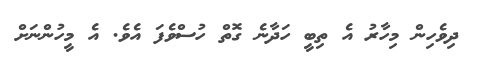
ދިވެހިން މިހާރު އެ ތިބީ ހަދާނެ ގޮތް ހުސްވެފަ އެވެ. އެ މީހުންނަށް